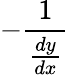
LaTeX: -{\frac{1}{\frac{dy}{dx}}}